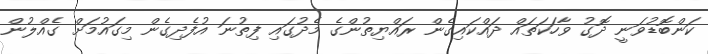
ކަންބޮޑުވަނީ ދޮގު ވާހަކަތައް ދައްކައިގެން ރައްޔިތުންގެ މެދުގައި ފިތުނަ އުފެދިގެން މިގައުމަށް ގެއްލުން